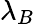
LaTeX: \lambda_{B}